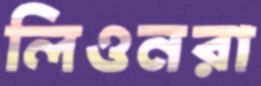
লিওনরা